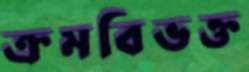
ক্রমবিভক্ত